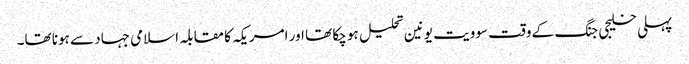
پہلی خلیجی جنگ کے وقت سوویت یونین تحلیل ہو چکا تھا اور امریکہ کا مقابلہ اسلامی جہاد سے ہونا تھا۔